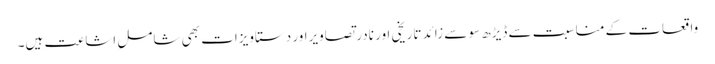
واقعات کے مناسبت سے ڈیڑھ سو سے زائد تاریخی اور نادر تصاویراور دستاویزات بھی شاملِ اشاعت ہیں۔